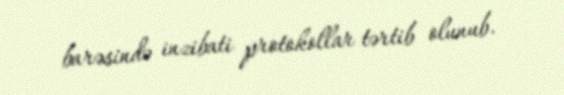
barəsində inzibati protokollar tərtib olunub.